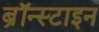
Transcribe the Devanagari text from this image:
ब्रॉन्स्टाइन